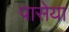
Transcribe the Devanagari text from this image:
पासेया